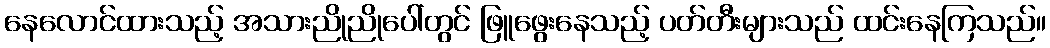
နေလောင်ထားသည့် အသားညိုညိုပေါ်တွင် ဖြူဖွေးနေသည့် ပတ်တီးများသည် ထင်းနေကြသည်။